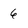
Character: 6